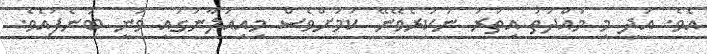
އެވެ. އަދި މި މުއްދަތު އިތުރު ނުކުރެވޭނޭ ކަމަށްވެސް މިއިއުލާނުގައި ވަނީ ބުނެފައެވެ.